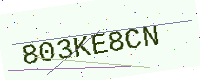
Text: 803KE8CN